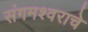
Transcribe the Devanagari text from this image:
संगमश्वराचे